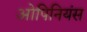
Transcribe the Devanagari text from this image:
ओपिनियंस